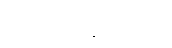
ကုမ္ဘထေနကေဟိ